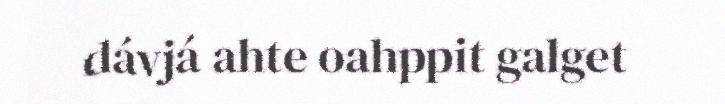
dávjá ahte oahppit galget